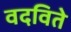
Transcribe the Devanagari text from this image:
वदविते